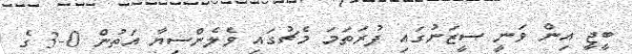
ބީޖީ އިން ވަނީ ސީޒަނުގައި ފުރަތަމަ މެޗުގައި ވެލެންސިޔާ އަތުން 0-3 ގެ